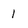
Character: 1